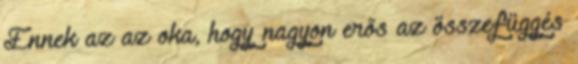
Ennek az az oka, hogy nagyon erős az összefüggés